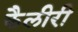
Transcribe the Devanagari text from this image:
कैलीरी